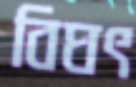
বিঘৎ